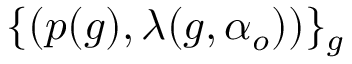
\{ ( p ( g ) , \lambda ( g , \alpha _ { o } ) ) \} _ { g }